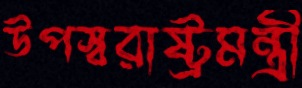
উপস্বরাষ্ট্রমন্ত্রী